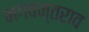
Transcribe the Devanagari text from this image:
भगवन्तराव